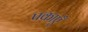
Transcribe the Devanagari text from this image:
पकाएँ